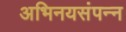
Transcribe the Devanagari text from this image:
अभिनयसंपन्‍न